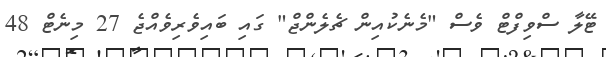
ޓޭލާ ސްވިފްޓް ވެސް "މެނެކުއިން ޗެލެންޖް" ގައި ބައިވެރިވެއްޖެ 27 މިނެޓް 48